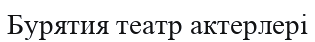
Бурятия театр актерлері